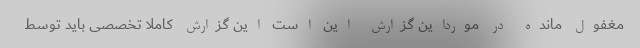
مغفول مانده در مورداین گزارش این است این گزارش کاملا تخصصی باید توسط